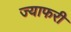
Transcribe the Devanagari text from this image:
ज्याफरी